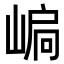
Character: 𡹫